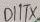
Text: D1/TX